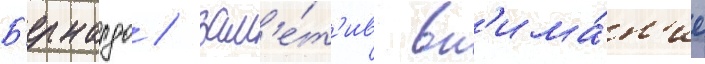
Б'ернардо / зам'е́т'ив вн'има́н'ие